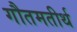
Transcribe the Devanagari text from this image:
गौतमतीर्थ